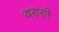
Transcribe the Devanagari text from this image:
थरारते